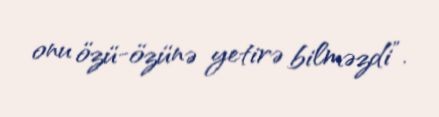
onu özü-özünə yetirə bilməzdi”.